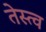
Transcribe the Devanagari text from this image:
तेस्त्व